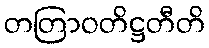
တတြာဝတိဋ္ဌတီတိ